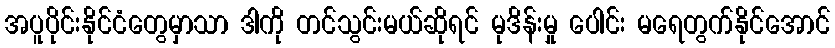
အပူပိုင်းနိုင်ငံတွေမှာသာ ဒါကို တင်သွင်းမယ်ဆိုရင် မုဒိန်းမှု ပေါင်း မရေတွက်နိုင်အောင်